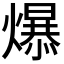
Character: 𪹼